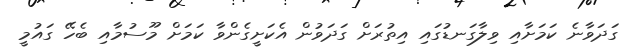
ގަދަވާނެ ކަމަށާއި ވިލާގަނޑުގައި އިތުރަށް ގަދަވުން އެކަށީގެންވާ ކަމަށް މޫސުމާއި ބެހޭ ގައުމީ